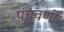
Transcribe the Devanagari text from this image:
पंचवर्णी